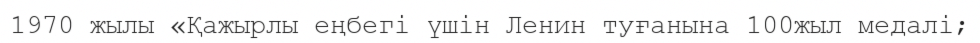
1970 жылы «Қажырлы еңбегі үшін Ленин туғанына 100жыл медалі;